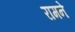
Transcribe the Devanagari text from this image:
रामने